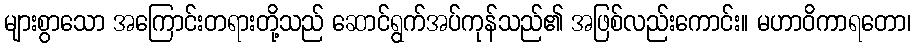
များစွာသော အကြောင်းတရားတို့သည် ဆောင်ရွက်အပ်ကုန်သည်၏ အဖြစ်လည်းကောင်း။ မဟာဝိကာရတော၊